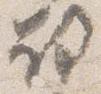
故